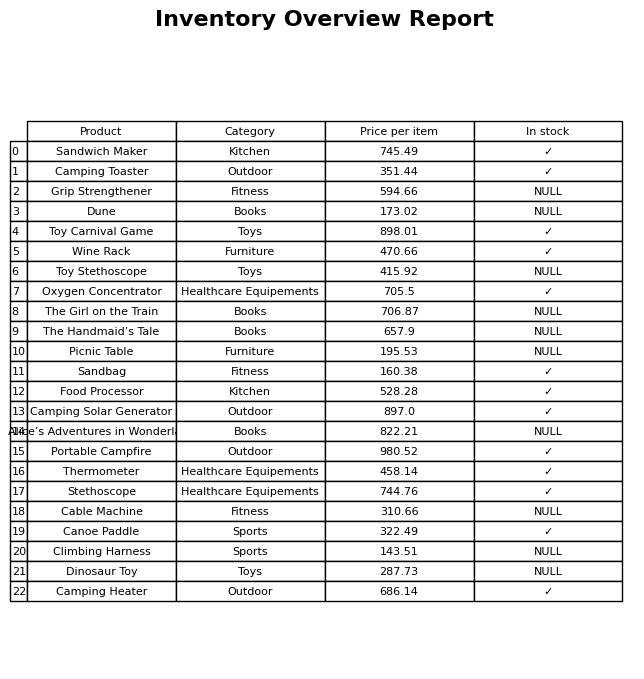
question: Is the Thermometer in stock?
answer: ✓